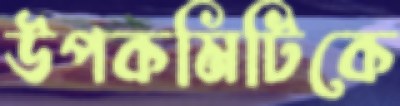
উপকমিটিকে